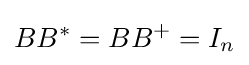
BB^{*}=BB^{+}=I_{n}